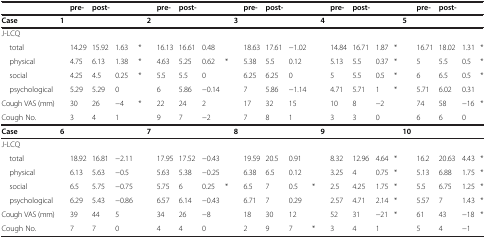
<table><thead><tr><td><b> </b></td><td><b> </b></td><td><b>pre-</b></td><td><b>post-</b></td><td><b> </b></td><td><b> </b></td><td><b> </b></td><td><b>pre-</b></td><td><b>post-</b></td><td><b> </b></td><td><b> </b></td><td><b> </b></td><td><b>pre-</b></td><td><b>post-</b></td><td><b> </b></td><td><b> </b></td><td><b> </b></td><td><b>pre-</b></td><td><b>post-</b></td><td><b> </b></td><td><b> </b></td><td><b> </b></td><td><b>pre-</b></td><td><b>post-</b></td><td><b> </b></td><td><b> </b></td></tr></thead><tbody><tr><td><b>Case</b></td><td><b>1</b></td><td> </td><td> </td><td> </td><td> </td><td><b>2</b></td><td> </td><td> </td><td> </td><td> </td><td><b>3</b></td><td> </td><td> </td><td> </td><td> </td><td><b>4</b></td><td> </td><td> </td><td> </td><td> </td><td><b>5</b></td><td> </td><td> </td><td> </td><td> </td></tr><tr><td>J-LCQ</td><td> </td><td> </td><td> </td><td> </td><td> </td><td> </td><td> </td><td> </td><td> </td><td> </td><td> </td><td> </td><td> </td><td> </td><td> </td><td> </td><td> </td><td> </td><td> </td><td> </td><td> </td><td> </td><td> </td><td> </td><td> </td></tr><tr><td> total</td><td> </td><td>14.29</td><td>15.92</td><td>1.63</td><td>*</td><td> </td><td>16.13</td><td>16.61</td><td>0.48</td><td> </td><td> </td><td>18.63</td><td>17.61</td><td>−1.02</td><td> </td><td> </td><td>14.84</td><td>16.71</td><td>1.87</td><td>*</td><td> </td><td>16.71</td><td>18.02</td><td>1.31</td><td>*</td></tr><tr><td> physical</td><td> </td><td>4.75</td><td>6.13</td><td>1.38</td><td>*</td><td> </td><td>4.63</td><td>5.25</td><td>0.62</td><td>*</td><td> </td><td>5.38</td><td>5.5</td><td>0.12</td><td> </td><td> </td><td>5.13</td><td>5.5</td><td>0.37</td><td>*</td><td> </td><td>5</td><td>5.5</td><td>0.5</td><td>*</td></tr><tr><td> social</td><td> </td><td>4.25</td><td>4.5</td><td>0.25</td><td>*</td><td> </td><td>5.5</td><td>5.5</td><td>0</td><td> </td><td> </td><td>6.25</td><td>6.25</td><td>0</td><td> </td><td> </td><td>5</td><td>5.5</td><td>0.5</td><td>*</td><td> </td><td>6</td><td>6.5</td><td>0.5</td><td>*</td></tr><tr><td> psychological</td><td> </td><td>5.29</td><td>5.29</td><td>0</td><td> </td><td> </td><td>6</td><td>5.86</td><td>−0.14</td><td> </td><td> </td><td>7</td><td>5.86</td><td>−1.14</td><td> </td><td> </td><td>4.71</td><td>5.71</td><td>1</td><td>*</td><td> </td><td>5.71</td><td>6.02</td><td>0.31</td><td> </td></tr><tr><td>Cough VAS (mm)</td><td> </td><td>30</td><td>26</td><td>−4</td><td>*</td><td> </td><td>22</td><td>24</td><td>2</td><td> </td><td> </td><td>17</td><td>32</td><td>15</td><td> </td><td> </td><td>10</td><td>8</td><td>−2</td><td> </td><td> </td><td>74</td><td>58</td><td>−16</td><td>*</td></tr><tr><td>Cough No.</td><td> </td><td>3</td><td>4</td><td>1</td><td> </td><td> </td><td>9</td><td>7</td><td>−2</td><td> </td><td> </td><td>7</td><td>8</td><td>1</td><td> </td><td> </td><td>3</td><td>3</td><td>0</td><td> </td><td> </td><td>6</td><td>6</td><td>0</td><td> </td></tr><tr><td><b>Case</b></td><td><b>6</b></td><td> </td><td> </td><td> </td><td> </td><td><b>7</b></td><td> </td><td> </td><td> </td><td> </td><td><b>8</b></td><td> </td><td> </td><td> </td><td> </td><td><b>9</b></td><td> </td><td> </td><td> </td><td> </td><td><b>10</b></td><td> </td><td> </td><td> </td><td> </td></tr><tr><td>J-LCQ</td><td> </td><td> </td><td> </td><td> </td><td> </td><td> </td><td> </td><td> </td><td> </td><td> </td><td> </td><td> </td><td> </td><td> </td><td> </td><td> </td><td> </td><td> </td><td> </td><td> </td><td> </td><td> </td><td> </td><td> </td><td> </td></tr><tr><td> total</td><td> </td><td>18.92</td><td>16.81</td><td>−2.11</td><td> </td><td> </td><td>17.95</td><td>17.52</td><td>−0.43</td><td> </td><td> </td><td>19.59</td><td>20.5</td><td>0.91</td><td> </td><td> </td><td>8.32</td><td>12.96</td><td>4.64</td><td>*</td><td> </td><td>16.2</td><td>20.63</td><td>4.43</td><td>*</td></tr><tr><td> physical</td><td> </td><td>6.13</td><td>5.63</td><td>−0.5</td><td> </td><td> </td><td>5.63</td><td>5.38</td><td>−0.25</td><td> </td><td> </td><td>6.38</td><td>6.5</td><td>0.12</td><td> </td><td> </td><td>3.25</td><td>4</td><td>0.75</td><td>*</td><td> </td><td>5.13</td><td>6.88</td><td>1.75</td><td>*</td></tr><tr><td> social</td><td> </td><td>6.5</td><td>5.75</td><td>−0.75</td><td> </td><td> </td><td>5.75</td><td>6</td><td>0.25</td><td>*</td><td> </td><td>6.5</td><td>7</td><td>0.5</td><td>*</td><td> </td><td>2.5</td><td>4.25</td><td>1.75</td><td>*</td><td> </td><td>5.5</td><td>6.75</td><td>1.25</td><td>*</td></tr><tr><td> psychological</td><td> </td><td>6.29</td><td>5.43</td><td>−0.86</td><td> </td><td> </td><td>6.57</td><td>6.14</td><td>−0.43</td><td> </td><td> </td><td>6.71</td><td>7</td><td>0.29</td><td> </td><td> </td><td>2.57</td><td>4.71</td><td>2.14</td><td>*</td><td> </td><td>5.57</td><td>7</td><td>1.43</td><td>*</td></tr><tr><td>Cough VAS (mm)</td><td> </td><td>39</td><td>44</td><td>5</td><td> </td><td> </td><td>34</td><td>26</td><td>−8</td><td> </td><td> </td><td>18</td><td>30</td><td>12</td><td> </td><td> </td><td>52</td><td>31</td><td>−21</td><td>*</td><td> </td><td>61</td><td>43</td><td>−18</td><td>*</td></tr><tr><td>Cough No.</td><td> </td><td>7</td><td>7</td><td>0</td><td> </td><td> </td><td>4</td><td>4</td><td>0</td><td> </td><td> </td><td>2</td><td>9</td><td>7</td><td>*</td><td> </td><td>3</td><td>4</td><td>1</td><td> </td><td> </td><td>5</td><td>4</td><td>−1</td><td> </td></tr></tbody></table>